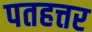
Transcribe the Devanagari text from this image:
पतहत्तर